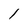
Character: 1